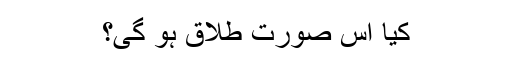
کیا اس صورت طلاق ہو گی؟